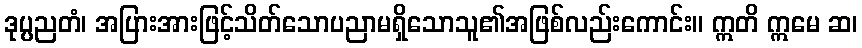
ဒုပ္ပညတံ၊ အပြားအားဖြင့်သိတ်သောပညာမရှိသောသူ၏အဖြစ်လည်းကောင်း။ ဣတိ ဣမေ ဆ၊